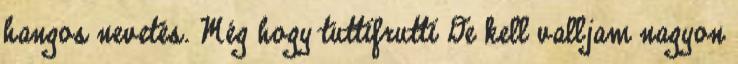
hangos nevetés. Még hogy tuttifrutti De kell valljam nagyon